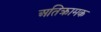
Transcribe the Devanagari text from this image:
अतिक्रामक